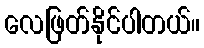
လေဖြတ်နိုင်ပါတယ်။